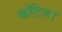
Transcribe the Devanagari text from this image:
कॉटेज।